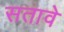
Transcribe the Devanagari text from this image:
सतावे